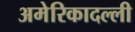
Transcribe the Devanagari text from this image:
अमेरिकादल्ली